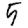
Digit: 5